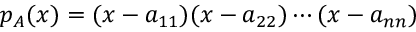
p _ { A } ( x ) = ( x - a _ { 1 1 } ) ( x - a _ { 2 2 } ) \cdots ( x - a _ { n n } )